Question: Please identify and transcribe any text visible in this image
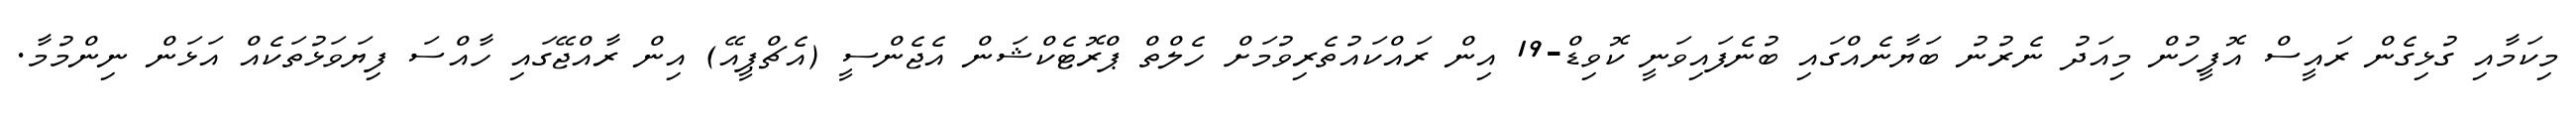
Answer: މިކަމާއި ގުޅިގެން ރައީސް އޮފީހުން މިއަދު ނެރުނު ބަޔާނެއްގައި ބުނެފައިވަނީ ކޮވިޑް-19 އިން ރައްކައުތެރިވުމަށް ހެލްތް ޕްރޮޓެކްޝަން އެޖެންސީ (އެޗްޕީއޭ) އިން ރާއްޖޭގައި ހާއްސަ ފިޔަވަޅުތަކެއް އަޅަން ނިންމުމާ.